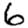
Digit: 6